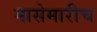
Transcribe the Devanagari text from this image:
मासेमारीच